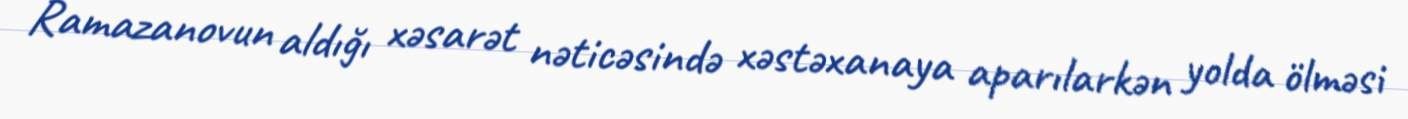
Ramazanovun aldığı xəsarət nəticəsində xəstəxanaya aparılarkən yolda ölməsi